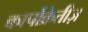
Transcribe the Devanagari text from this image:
कार्पोक्रेतीज़